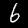
Digit: 6